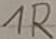
Text: 1R